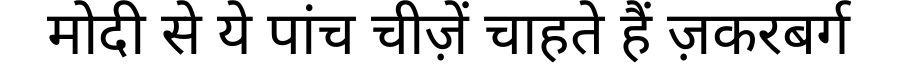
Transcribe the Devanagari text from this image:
मोदी से ये पांच चीज़ें चाहते हैं ज़करबर्ग